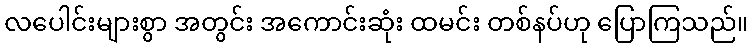
လပေါင်းများစွာ အတွင်း အကောင်းဆုံး ထမင်း တစ်နပ်ဟု ပြောကြသည်။